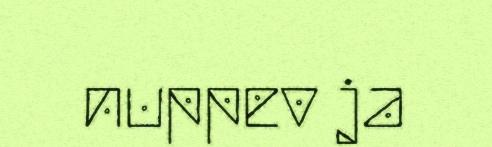
nuppev ja